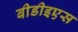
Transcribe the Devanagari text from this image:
बीडीइएस